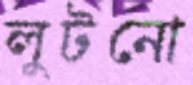
লুটনো